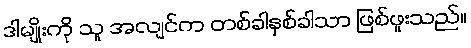
ဒါမျိုးကို သူ အလျင်က တစ်ခါနှစ်ခါသာ ဖြစ်ဖူးသည်။